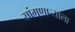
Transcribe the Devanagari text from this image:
सांगणाऱ्याला